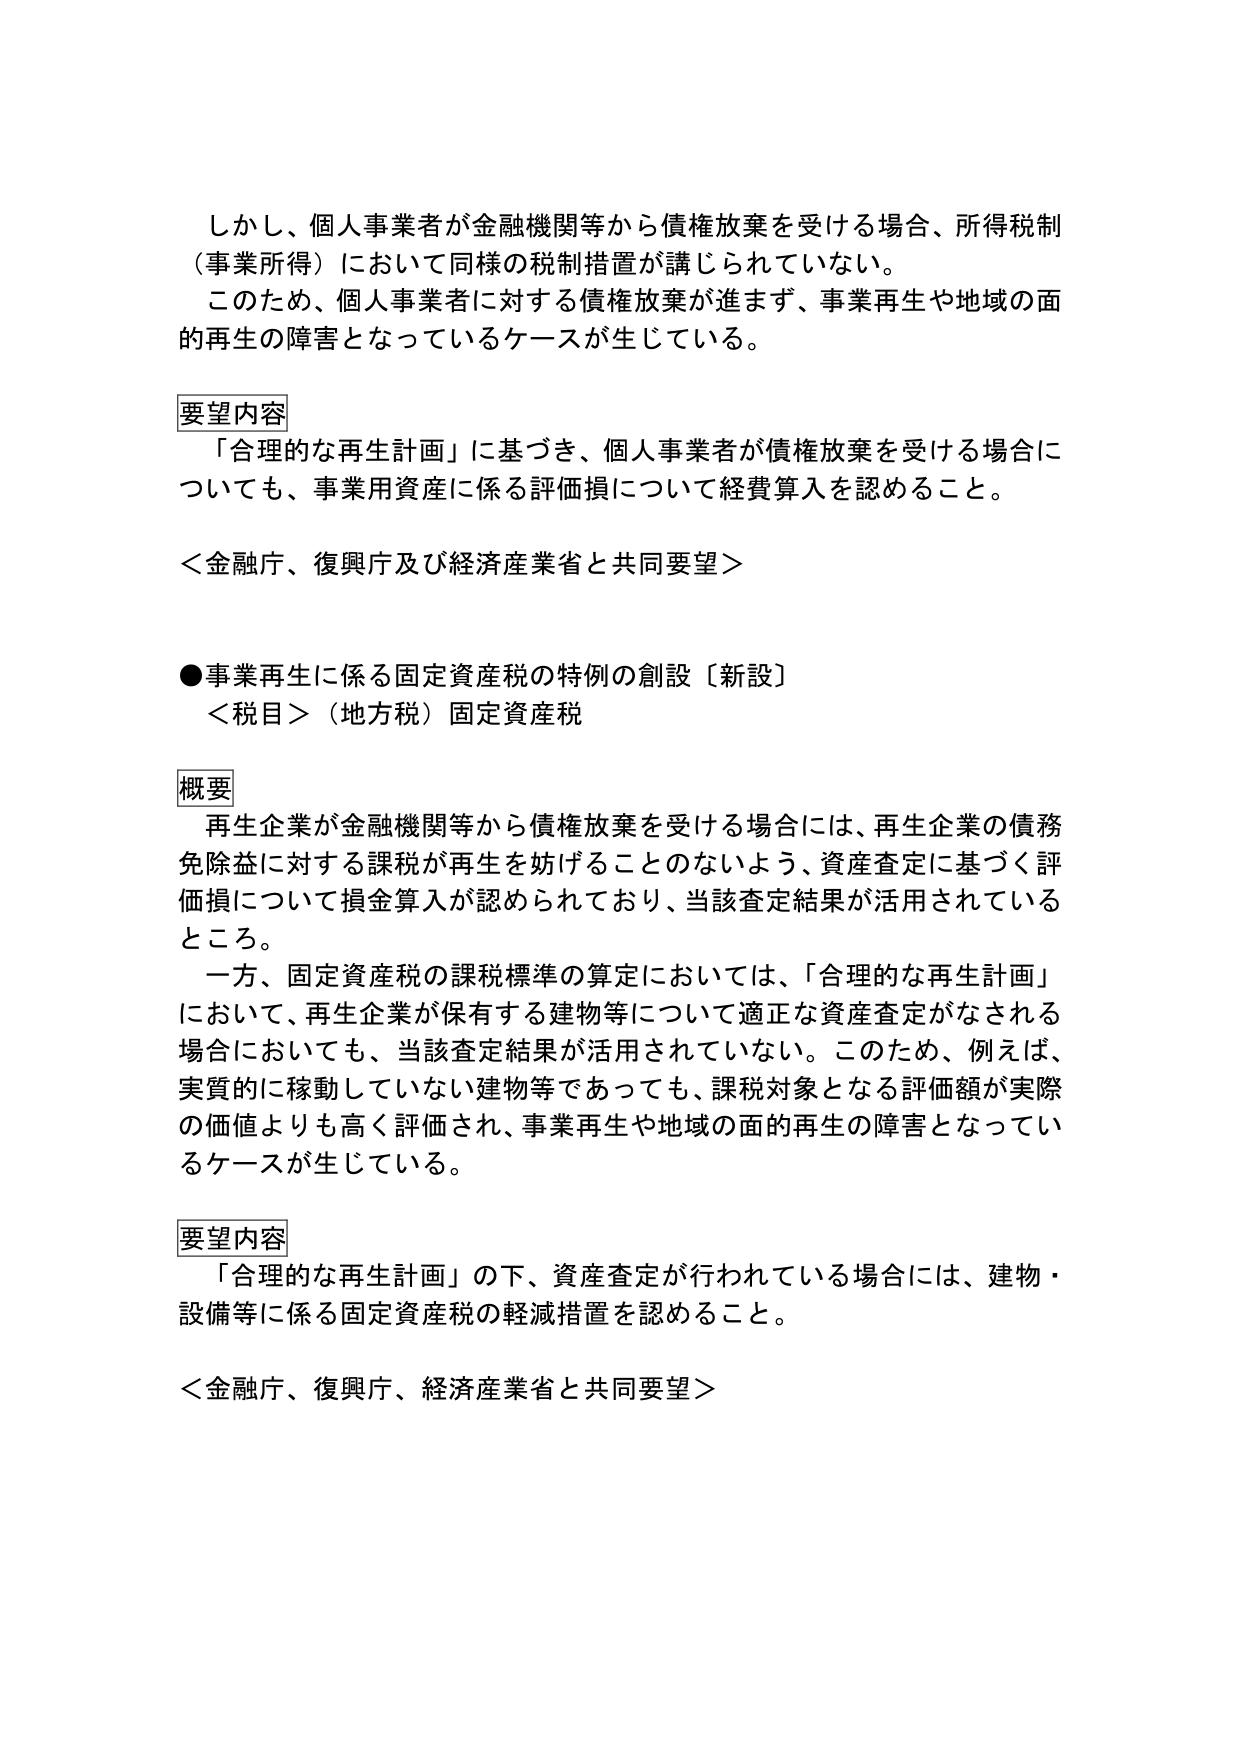
しかし、個人事業者が金融機関等から債権放棄を受ける場合、所得税制（事業所得）において同様の税制措置が講じられていない。
このため、個人事業者に対する債権放棄が進まず、事業再生や地域の面的再生の障害となっているケースが生じている。

要望内容
「合理的な再生計画」に基づき、個人事業者が債権放棄を受ける場合についても、事業用資産に係る評価損について経費算入を認めること。

＜金融庁、復興庁及び経済産業省と共同要望＞

●事業再生に係る固定資産税の特例の創設〔新設〕
＜税目＞（地方税）固定資産税

概要
再生企業が金融機関等から債権放棄を受ける場合には、再生企業の債務免除益に対する課税が再生を妨げることのないよう、資産査定に基づく評価損について損金算入が認められており、当該査定結果が活用されているところ。
一方、固定資産税の課税標準の算定においては、「合理的な再生計画」において、再生企業が保有する建物等について適正な資産査定がなされる場合においても、当該査定結果が活用されていない。このため、例えば、実質的に稼動していない建物等であっても、課税対象となる評価額が実際の価値よりも高く評価され、事業再生や地域の面的再生の障害となっているケースが生じている。

要望内容
「合理的な再生計画」の下、資産査定が行われている場合には、建物・設備等に係る固定資産税の軽減措置を認めること。

＜金融庁、復興庁、経済産業省と共同要望＞